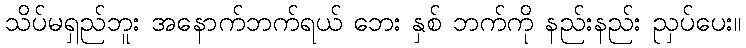
သိပ်မရှည်ဘူး အနောက်ဘက်ရယ် ဘေး နှစ် ဘက်ကို နည်းနည်း ညှပ်ပေး။